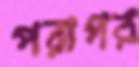
পরাপর